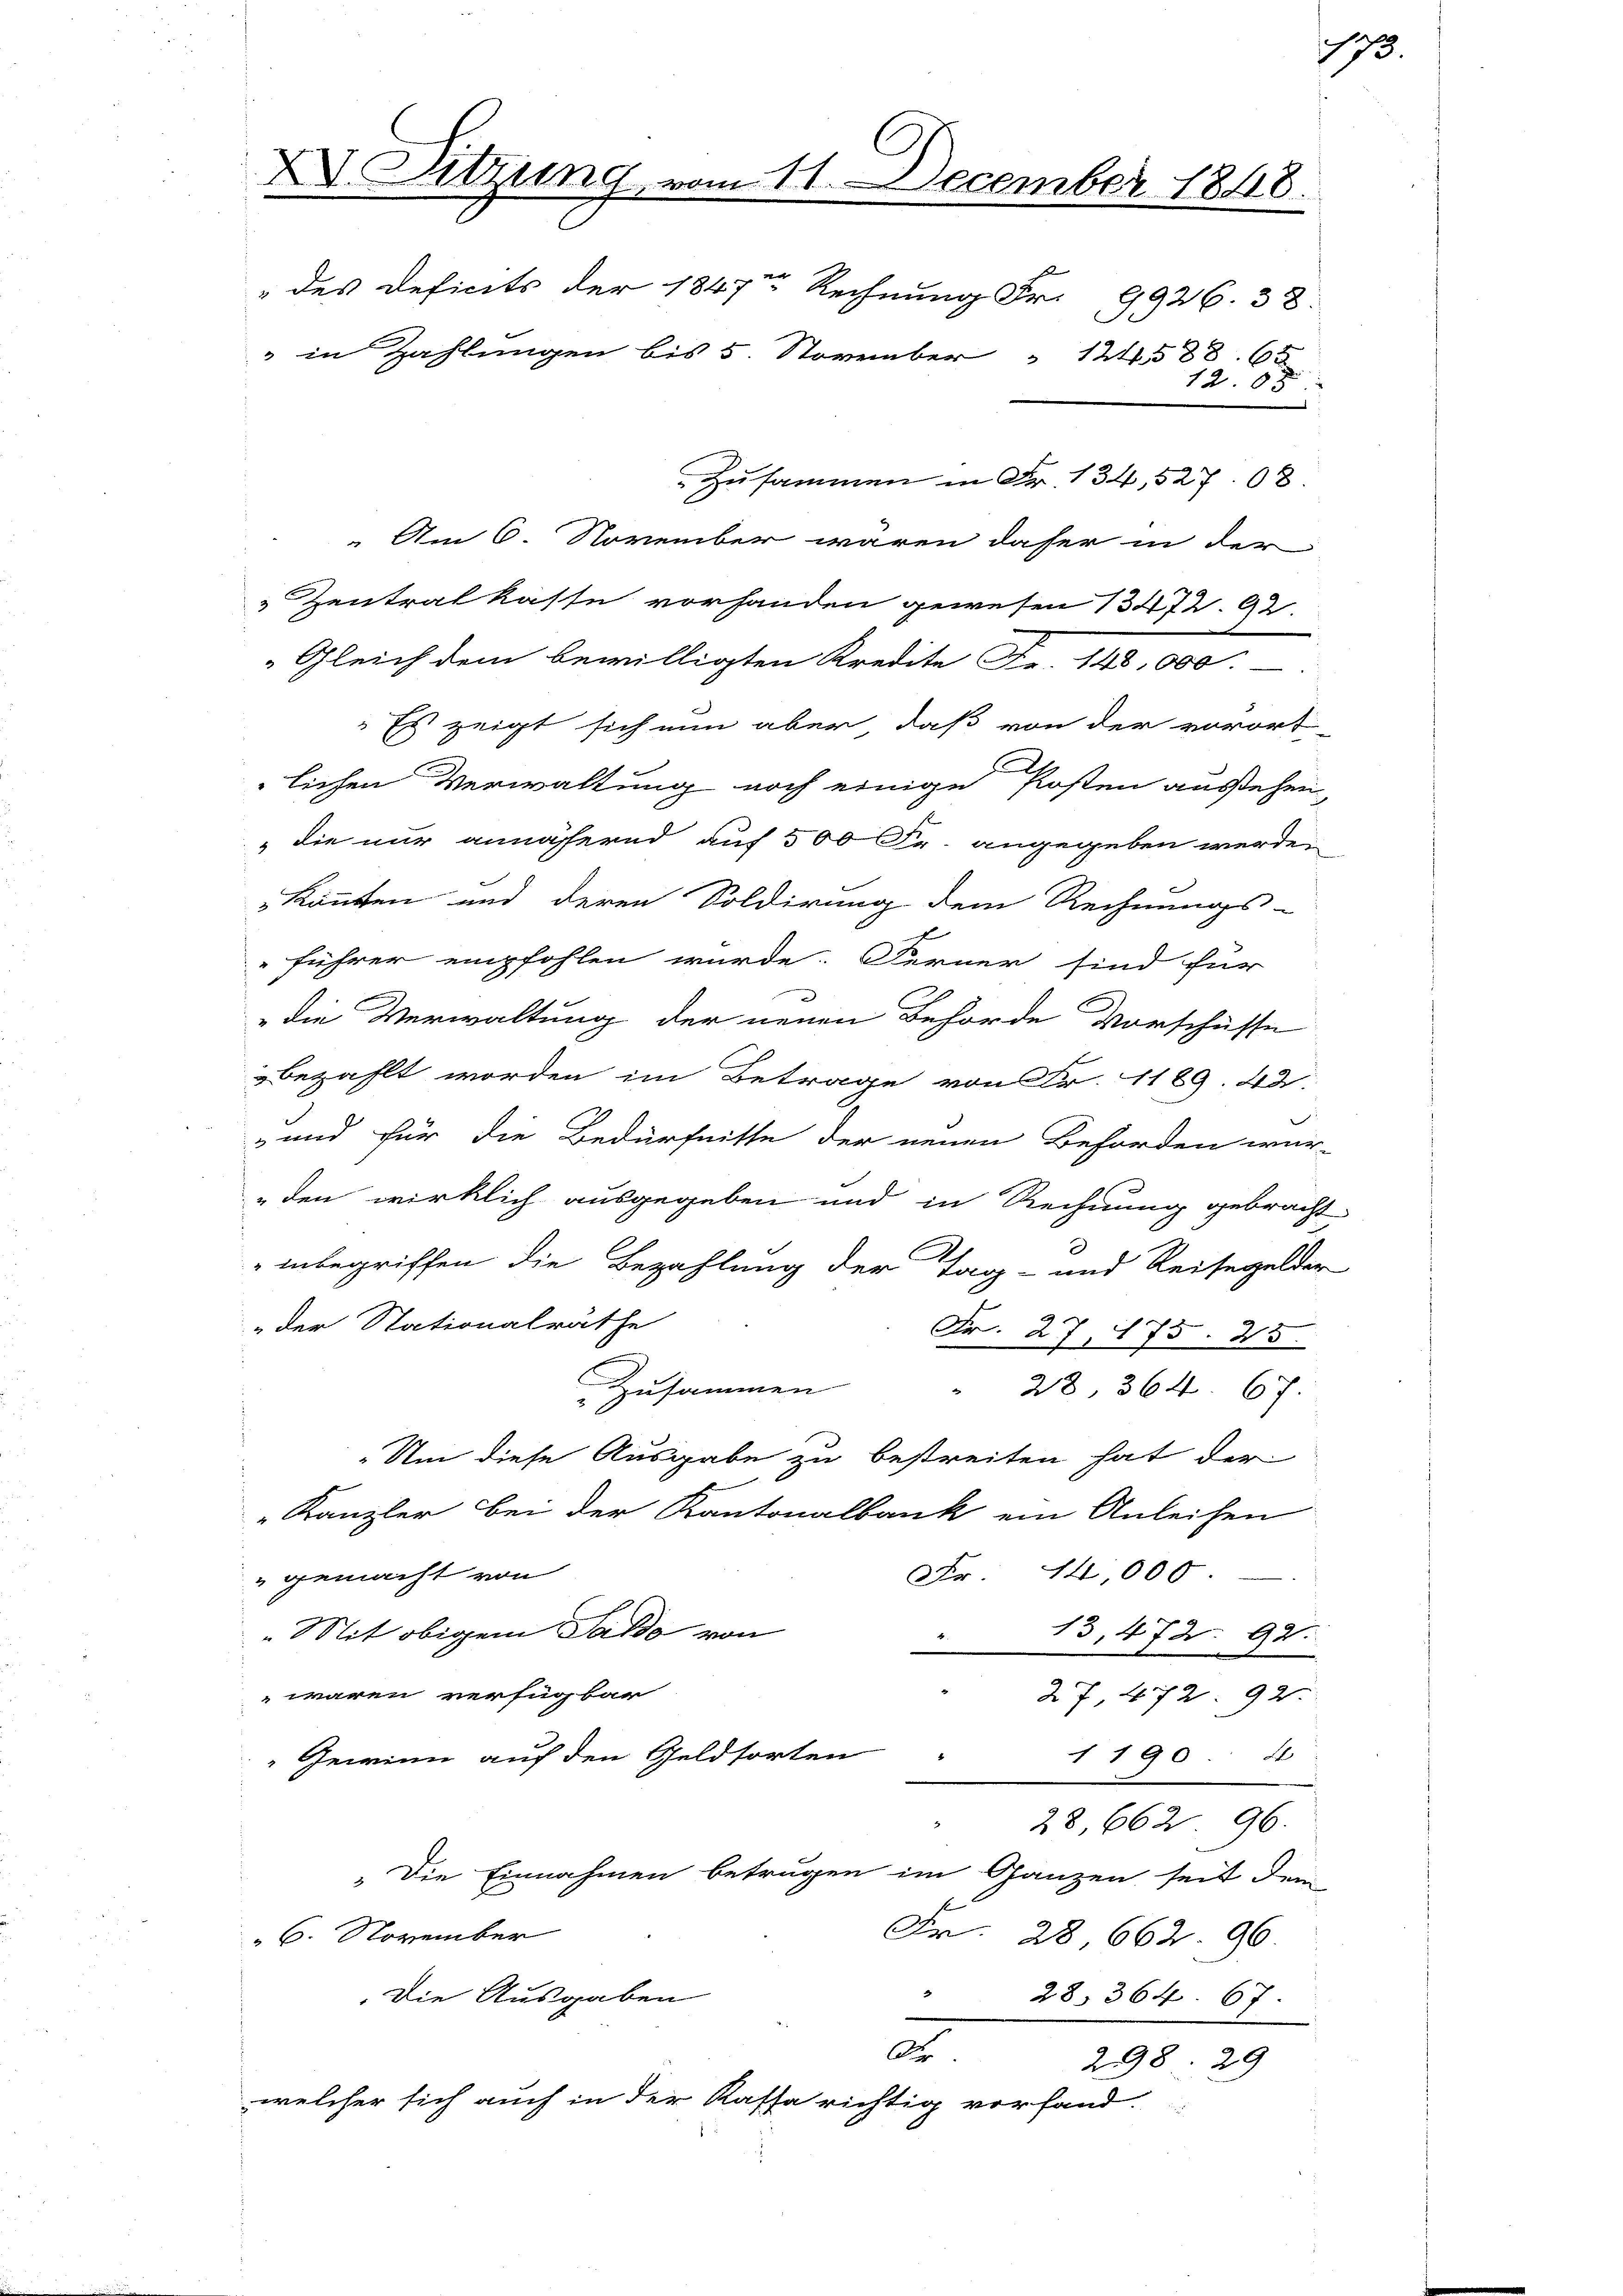
X. Sitzung vom 11. December 1848.
" in Zahlungen bis 5. November " 12588. 65
Zusammen in Fr. 134, 52708
Am 6. November wären daher in der
 Zentrat kasse vorhanden gewesen 13472. 92.

Gleich dem bewilligten Kredite Fr. 190
Es zeigt sich nun aber, daß von der vorort-
lichen Verwaltung noch einige Posten ausstehen
„die nur annähernd auf 500 Fr. angegeben werde,
könnten und deren Soldirung dem Rechnungs-
führer empfohlen würde. Ferner sind für
" die Verwaltung der neuen Behörde Vorschüsse
bezahlt worden im Betrage von Fr. 1189. 42.
- und für die Bedürfnisse der neuen Behörden wür-
„den wirklich ausgegeben und in Rechnung gebracht
inbegriffen die Bezahlung der Tag- und Reisegelder
„der Stationalräthe
Fr. 27, 175. 25.
Zusammen
" 28, 364. 67.
Um diese Ausgabe zu bestreiten hat der
" Kanzler bei der Kantonalbank ein Anleihen
Nr 14,000
 gemacht von
„Mit obigem Saldo von
13,472. 92.
waren verfügbar
27. 472. 92.
1 190. 4
Gewinn auf den Geldsorten
28,662. 96.
" Die Einnahmen betrugen im Ganzen seit dem
6. November
Fr. 28 662. 96
Die Ausgaben
28. 364. 67.
.
Als
298. 29
welcher sich auch in der Kassa richtig vorfand.

" des Deficits der 1847 Rechnung Fr. 9926. 38:

2
120 x

¬

2

173.